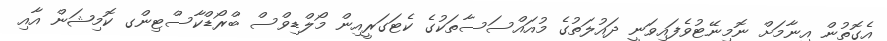
އެގޮތުން އިނާމަށް ނޮމިނޭޓުވެފައިވަނީ ދައުލަތުގެ މުއައްސަސާތަކުގެ ކެޓަގަރީއިން މޯލްޑިވްސް ބްރޯޑްކާސްޓިންގ ކޮމިޝަން އާއި